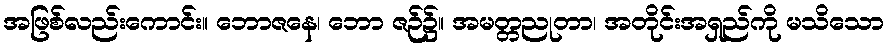
အဖြစ်လည်းကောင်း။ ဘောဇနေ၊ ဘော ဇဉ်၌။ အမတ္တညုတာ၊ အတိုင်းအရှည်ကို မသိသော